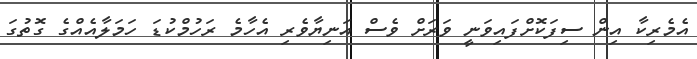
އެމެރިކާ އިން ސިފަކޮށްފައިވަނީ ވަރަށް ވެސް އަނިޔާވެރި އެހާމެ ރަހުމްކުޑަ ހަމަލާއެއްގެ ގޮތުގަ